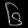
Digit: ၆